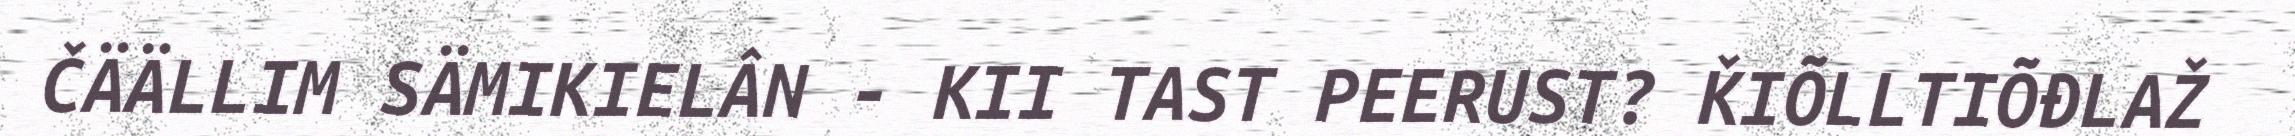
ČÄÄLLIM SÄMIKIELÂN - KII TAST PEERUST? ǨIÕLLTIÕĐLAŽ